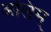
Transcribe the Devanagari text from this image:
अलिम्